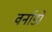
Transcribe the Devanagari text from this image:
वर्नाडो